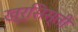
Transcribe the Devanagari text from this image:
ख्र्सिस्ती